V__Kingissepa_nim__kolhoos, lk 22
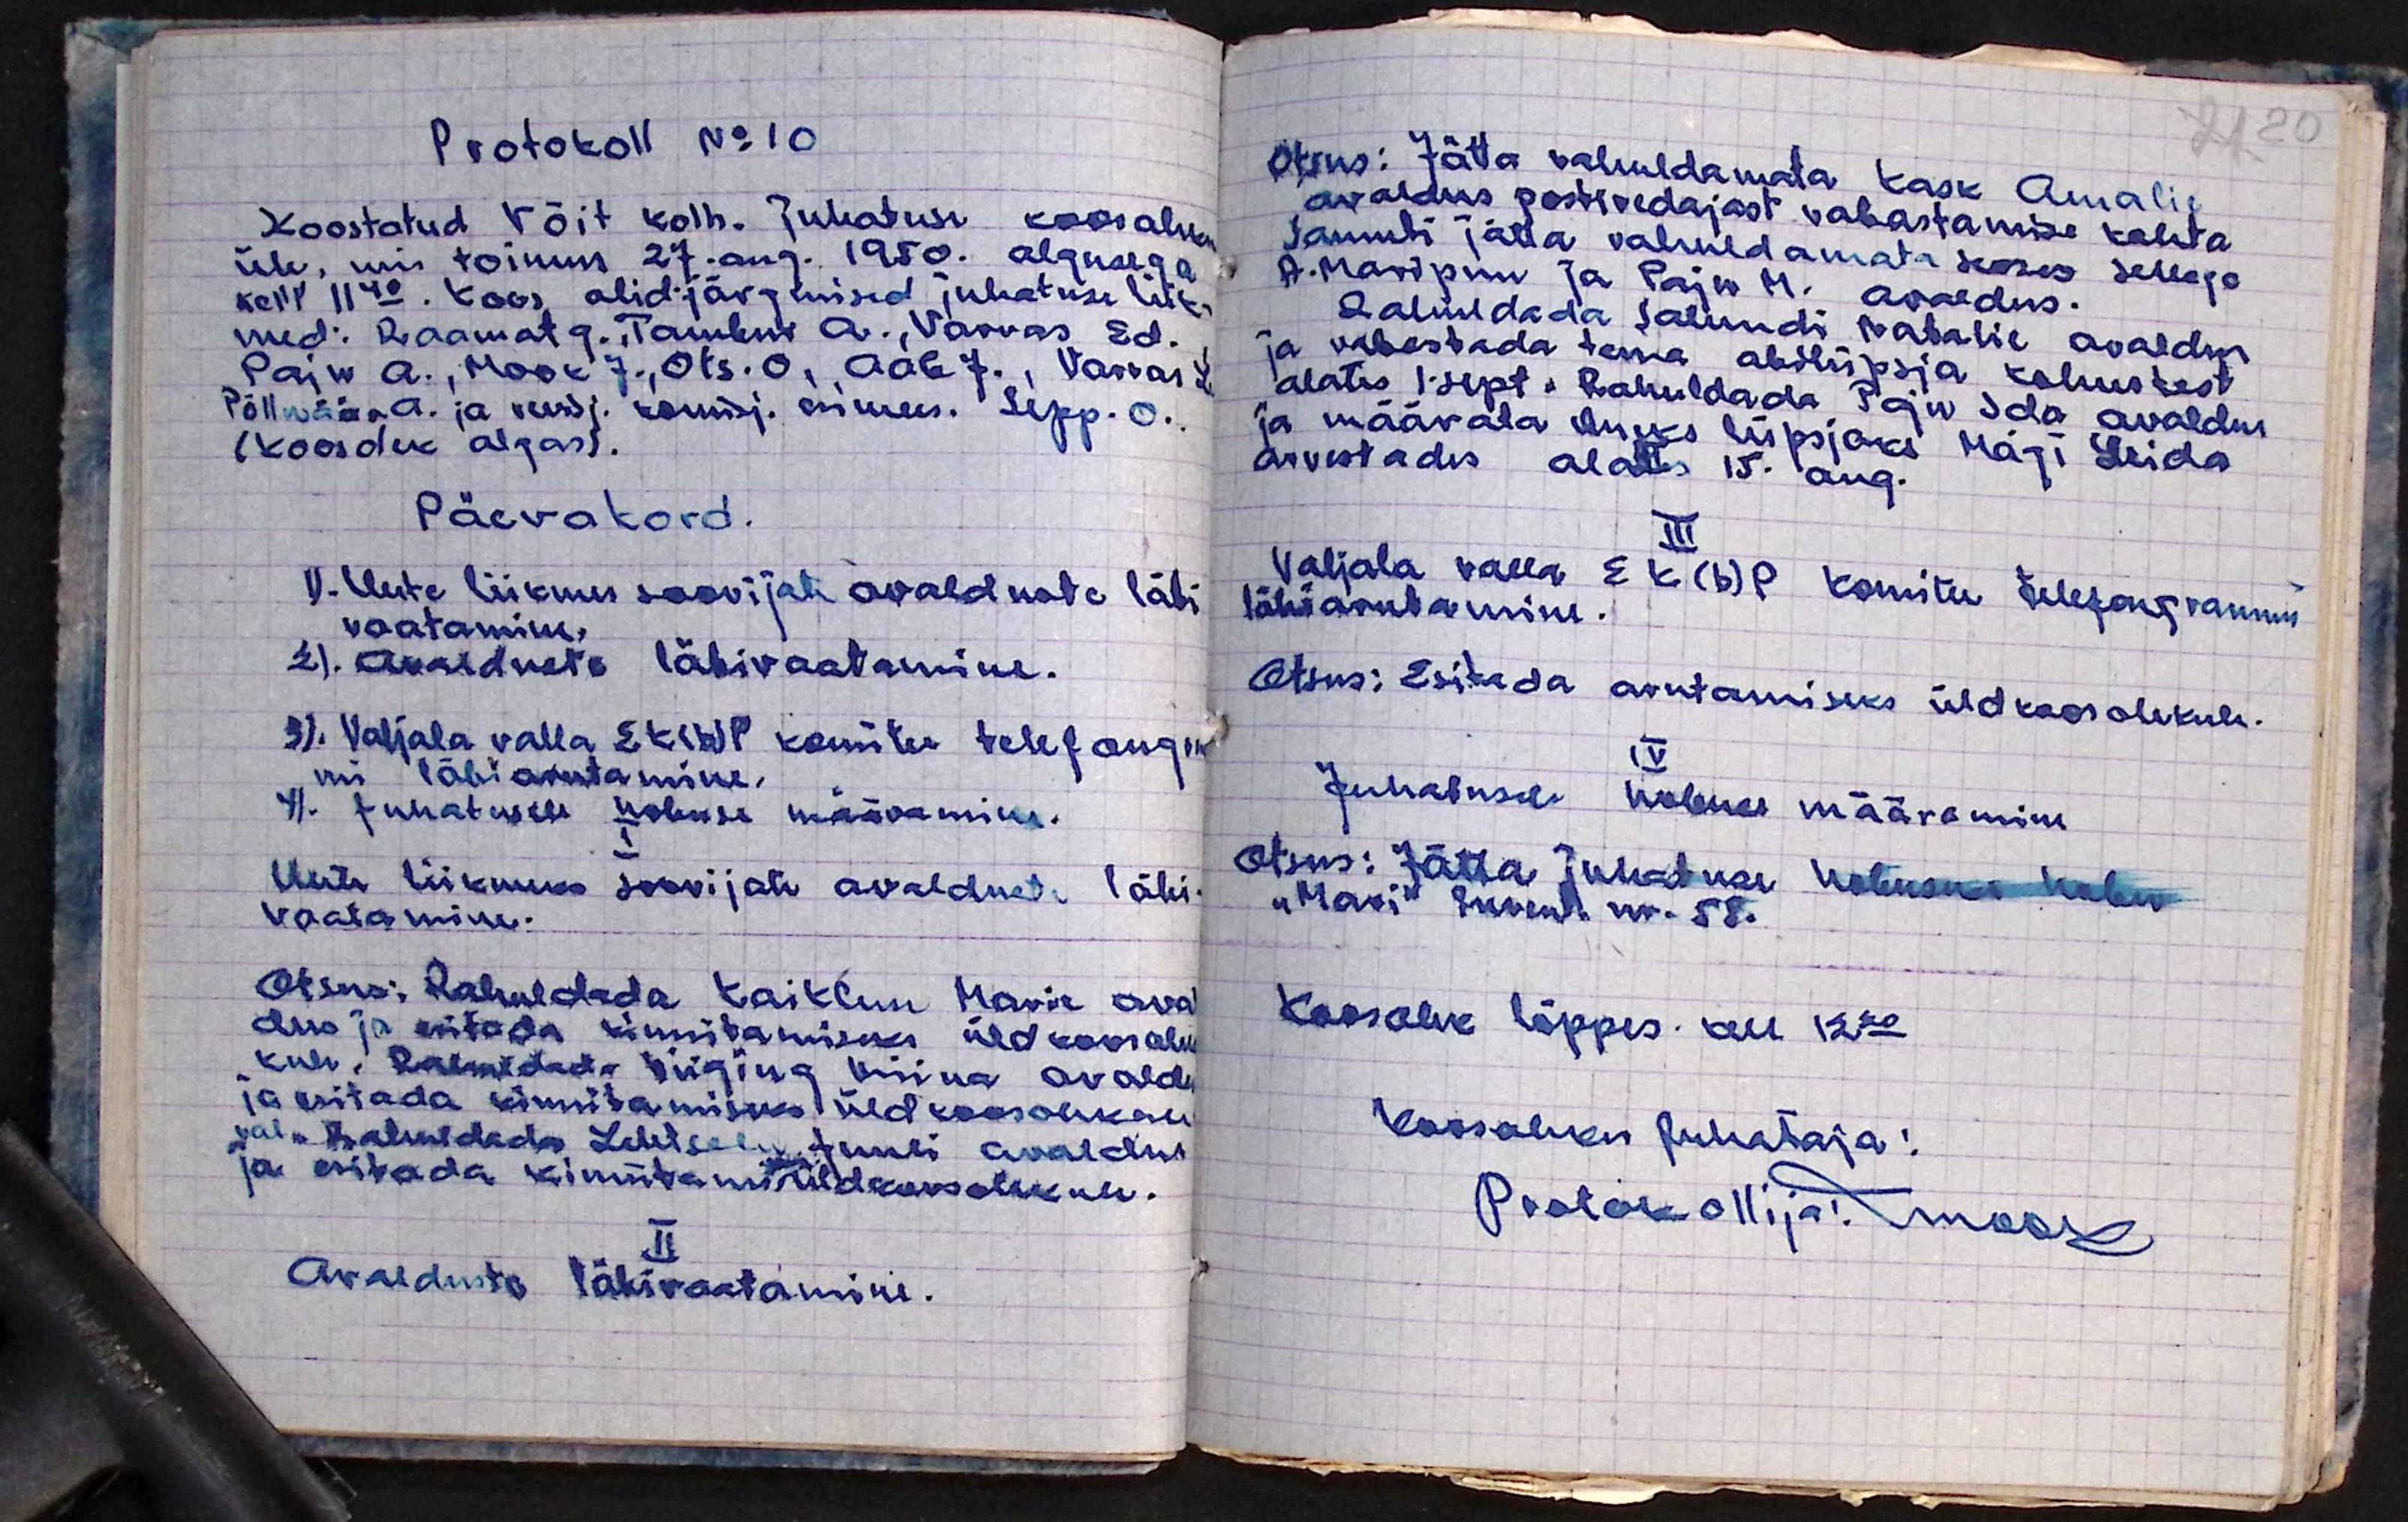
Protokoll No 10
Koostatud Võit kolh. juhatuse koosoleku
üle, mis toimus 27. aug. 1950. algusega
kell 11.40. Koos olid järgimised juhatuse liik-
med: Raamat G., Tambur A., Varvas, Ed.
Paju A., Mook J., Ots. O., Aab J., Varvas L.
Põlluäär A. ja revisj. komisj. esimees. Sepp. O.
(Koosolek algas).
Päevakord.
1). Uute liikmes soovijate avalduste läbi
vaatamine.
2). Avalduste läbivaatamine.
3). Valjala valla EK(b)P komitee telefongra
mi läbiarutamine.
4). Juhatusele hobuse määramine.
I
Uute liikmeks soovijate avalduste läbi-
vaatamine.
Otsus: Rahuldada Kaiklun Maria aval
dus ja esitada kinnitamiseks üldkoosole
kule. Rahuldada Viiging Miina avald
ja esitada kinnitamiseks üldkoosolekule
jal. Jalmedada Lehtsalu Juuli avaldus
ja esitada kinnitamis üldkoosolekule.
II
Avalduste läbivaatamine.

Otsus: Jätta rahuldamata Kask Amalie
avaldus postivedajast vabastamise kohta
Samuti jätta rahuldamata seoses sellega
A. Maripuu ja Paju. M. avaldus.
Rahuldada Salundi Natalie avaldus
ja vabastada tema abilüpsja kohustest
alates 1.sept. Rahuldada Paju Ida avaldus
ja määrata uueks lüpsjaks Mägi Leida.
arvestades alates 15. aug.
III
Valjala valla EK(b)P komitee telefongrammi
läbiarutamine.
Otsus: Esitada arutamiseks üldkoosolekule.
IV
Juhatusele hobuse määramine
Otsus: Jätta juhatuse hobuseks hobu
"Mari" invent. nr. 58.
Koosolek lõppes kell 12.20
Koosoleku juhataja:
Protokollija: moosi